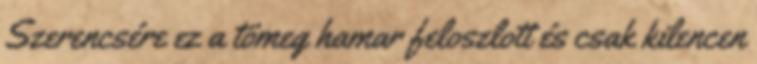
Szerencsére ez a tömeg hamar feloszlott és csak kilencen